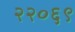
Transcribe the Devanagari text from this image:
२२०६९